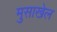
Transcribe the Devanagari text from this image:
मुसाखेल